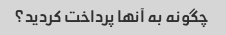
چگونه به آنها پرداخت کردید؟